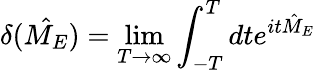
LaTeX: \delta({\hat{M_{E}}})=\operatorname*{lim}_{T\to\infty}\int_{-T}^{T}dte^{it{\hat{M}}_{E}}